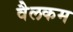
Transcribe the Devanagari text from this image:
वैलकम